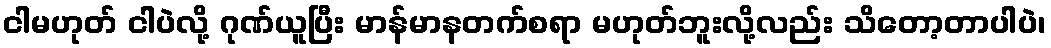
ငါမဟုတ် ငါပဲလို့ ဂုဏ်ယူပြီး မာန်မာနတက်စရာ မဟုတ်ဘူးလို့လည်း သိတော့တာပါပဲ၊